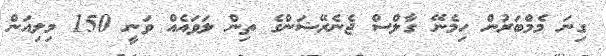
ގިނަ މެމްބަރުން ހިމެނޭ ގާލްސް ޖެނެރޭޝަންގެ ތިން ލަވައެއް ވަނީ 150 މިލިއަން